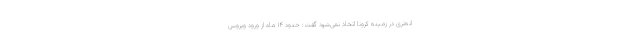
انه‌تری در زمینه کرونا اتخاذ نمی‌شود گفت: حدود ۱۴ ماه از ورود ویروس